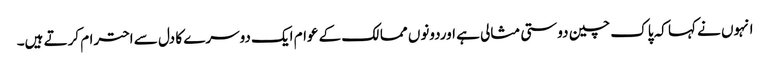
انہوں نے کہا کہ پاک چین دوستی مثالی ہے اوردونوں ممالک کے عوام ایک دوسرے کا دل سے احترام کرتے ہیں۔